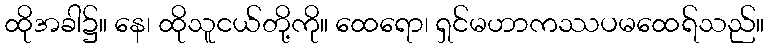
ထိုအခါ၌။ နေ၊ ထိုသူငယ်တို့ကို။ ထေရော၊ ရှင်မဟာကဿပမထေရ်သည်။